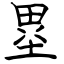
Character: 塁